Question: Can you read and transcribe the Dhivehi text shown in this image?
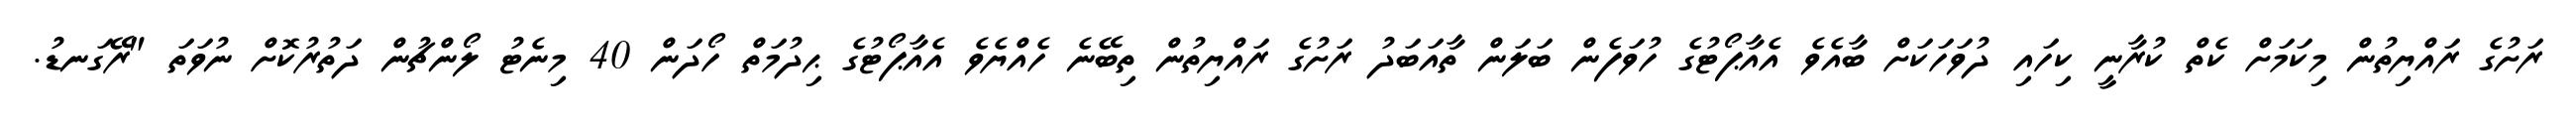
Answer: ރަށުގެ ރައްޔިތުން މިކަމަށް ކެތް ކުރާނީ ކިހައި ދުވަހަކަށް ބާއެވެ އެއާޕޯޓުގެ ހުވަފެން ބަލަން ތާއަބަދު ރަށުގެ ރައްޔިތުން ތިބޭނެ ހެއްޔެވެ އެއާޕޯޓުގެ ޙިދުމަތް ހޯދަން 40 މިނެޓު ލޯންޗުން ދަތުރުކޮށް ނުވަތަ "ރޭގަނޑު.